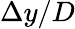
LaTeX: \Delta y/D